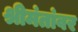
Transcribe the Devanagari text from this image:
श्रीमंतांवर